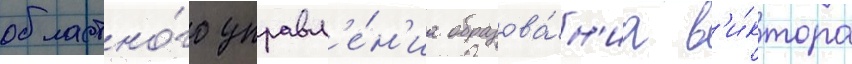
областно́го управл'е́н'иа образова́н'иа в'и́ктора